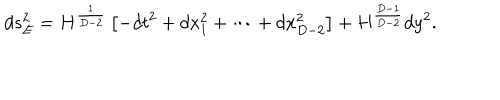
LaTeX: d s _ { E } ^ { 2 } = H ^ { \frac { 1 } { D - 2 } } \left[ - d t ^ { 2 } + d x _ { 1 } ^ { 2 } + \cdots + d x _ { D - 2 } ^ { 2 } \right] + H ^ { \frac { D - 1 } { D - 2 } } d y ^ { 2 } .